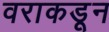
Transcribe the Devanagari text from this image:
वराकडून